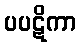
ပပဋိကာ